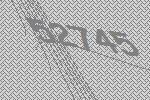
52745